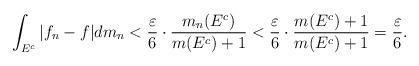
LaTeX: \begin{align*}\int_{E^c}|f_n-f|dm_n< \frac{ \varepsilon }{6} \cdot \frac{m_n(E^c )}{m(E^c)+1} < \frac{ \varepsilon }{6} \cdot \frac{ m(E^c)+1}{m(E^c)+1} =\frac{ \varepsilon }{6}.\end{align*}